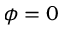
\phi = 0